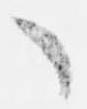
々